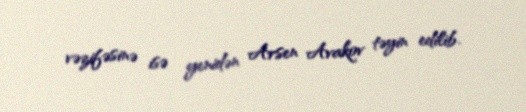
vəzifəsinə isə yenidən Arsen Avakov təyin edilib.